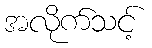
အလိုက်သင့်